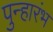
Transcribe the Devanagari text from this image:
पुन्हारंभ